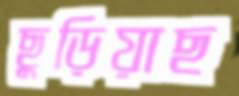
ছুড়িয়াছ